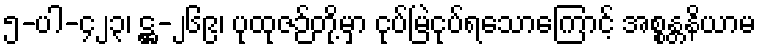
၅-ပါ-၄၂၃၊ ဋ္ဌ-၂၆၉၊ ပုထုဇဉ်တို့မှာ ငုပ်မြဲငုပ်ရသောကြောင့် အစ္စန္တနိယာမ